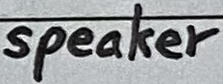
Text: speaker